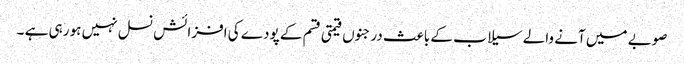
صوبے میں آنے والے سیلا ب کے باعث درجنوں قیمتی قسم کے پودے کی افزائش نسل نہیں ہو رہی ہے ۔